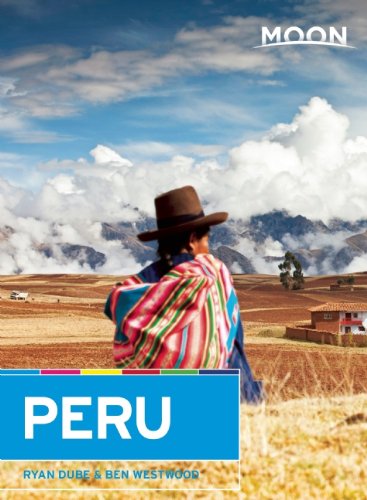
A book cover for Moon Peru (Moon Handbooks); Ryan DubÃ©; Travel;